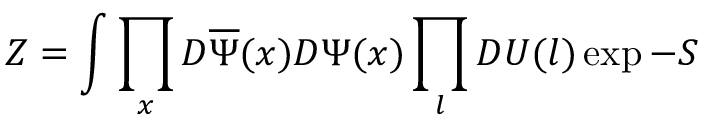
Z = \int \prod _ { x } D \overline { { { \Psi } } } ( x ) D \Psi ( x ) \prod _ { l } D U ( l ) \exp - S